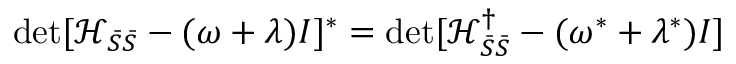
\operatorname* { d e t } [ \mathcal { H } _ { \bar { S } \bar { S } } - ( \omega + \lambda ) I ] ^ { * } = \operatorname* { d e t } [ \mathcal { H } _ { \bar { S } \bar { S } } ^ { \dagger } - ( \omega ^ { * } + \lambda ^ { * } ) I ]